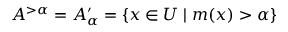
A ^ { > \alpha } = A _ { \alpha } ^ { \prime } = \{ x \in U \mid m ( x ) > \alpha \}